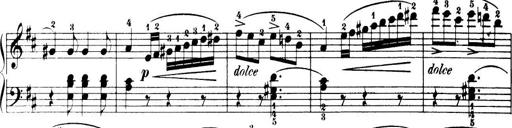
Title: 32 Sonatinas and Rondos for the Piano
Composer: Richard Kleinmichel